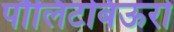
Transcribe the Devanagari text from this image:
पौलिटबिऊरो